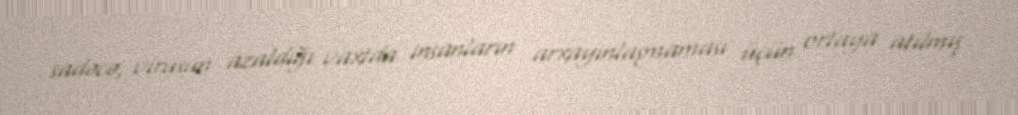
sadəcə, virusun azaldığı vaxtda insanların arxayınlaşmaması üçün ortaya atılmış